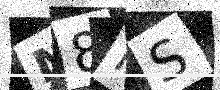
Text: M8RS